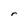
Character: r